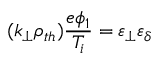
( k _ { \perp } \rho _ { t h } ) \frac { e \phi _ { 1 } } { T _ { i } } = \varepsilon _ { \perp } \varepsilon _ { \delta }